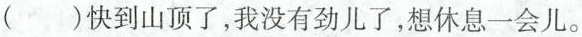
()快到山顶了，我没有劲儿了，想休息一会儿。